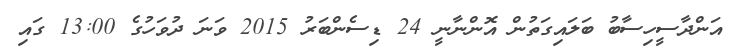
އަންދާސީހިސާބު ބަލައިގަތުން އޮންނާނީ 24 ޑިސެންބަރު 2015 ވަނަ ދުވަހުގެ 13:00 ގައި